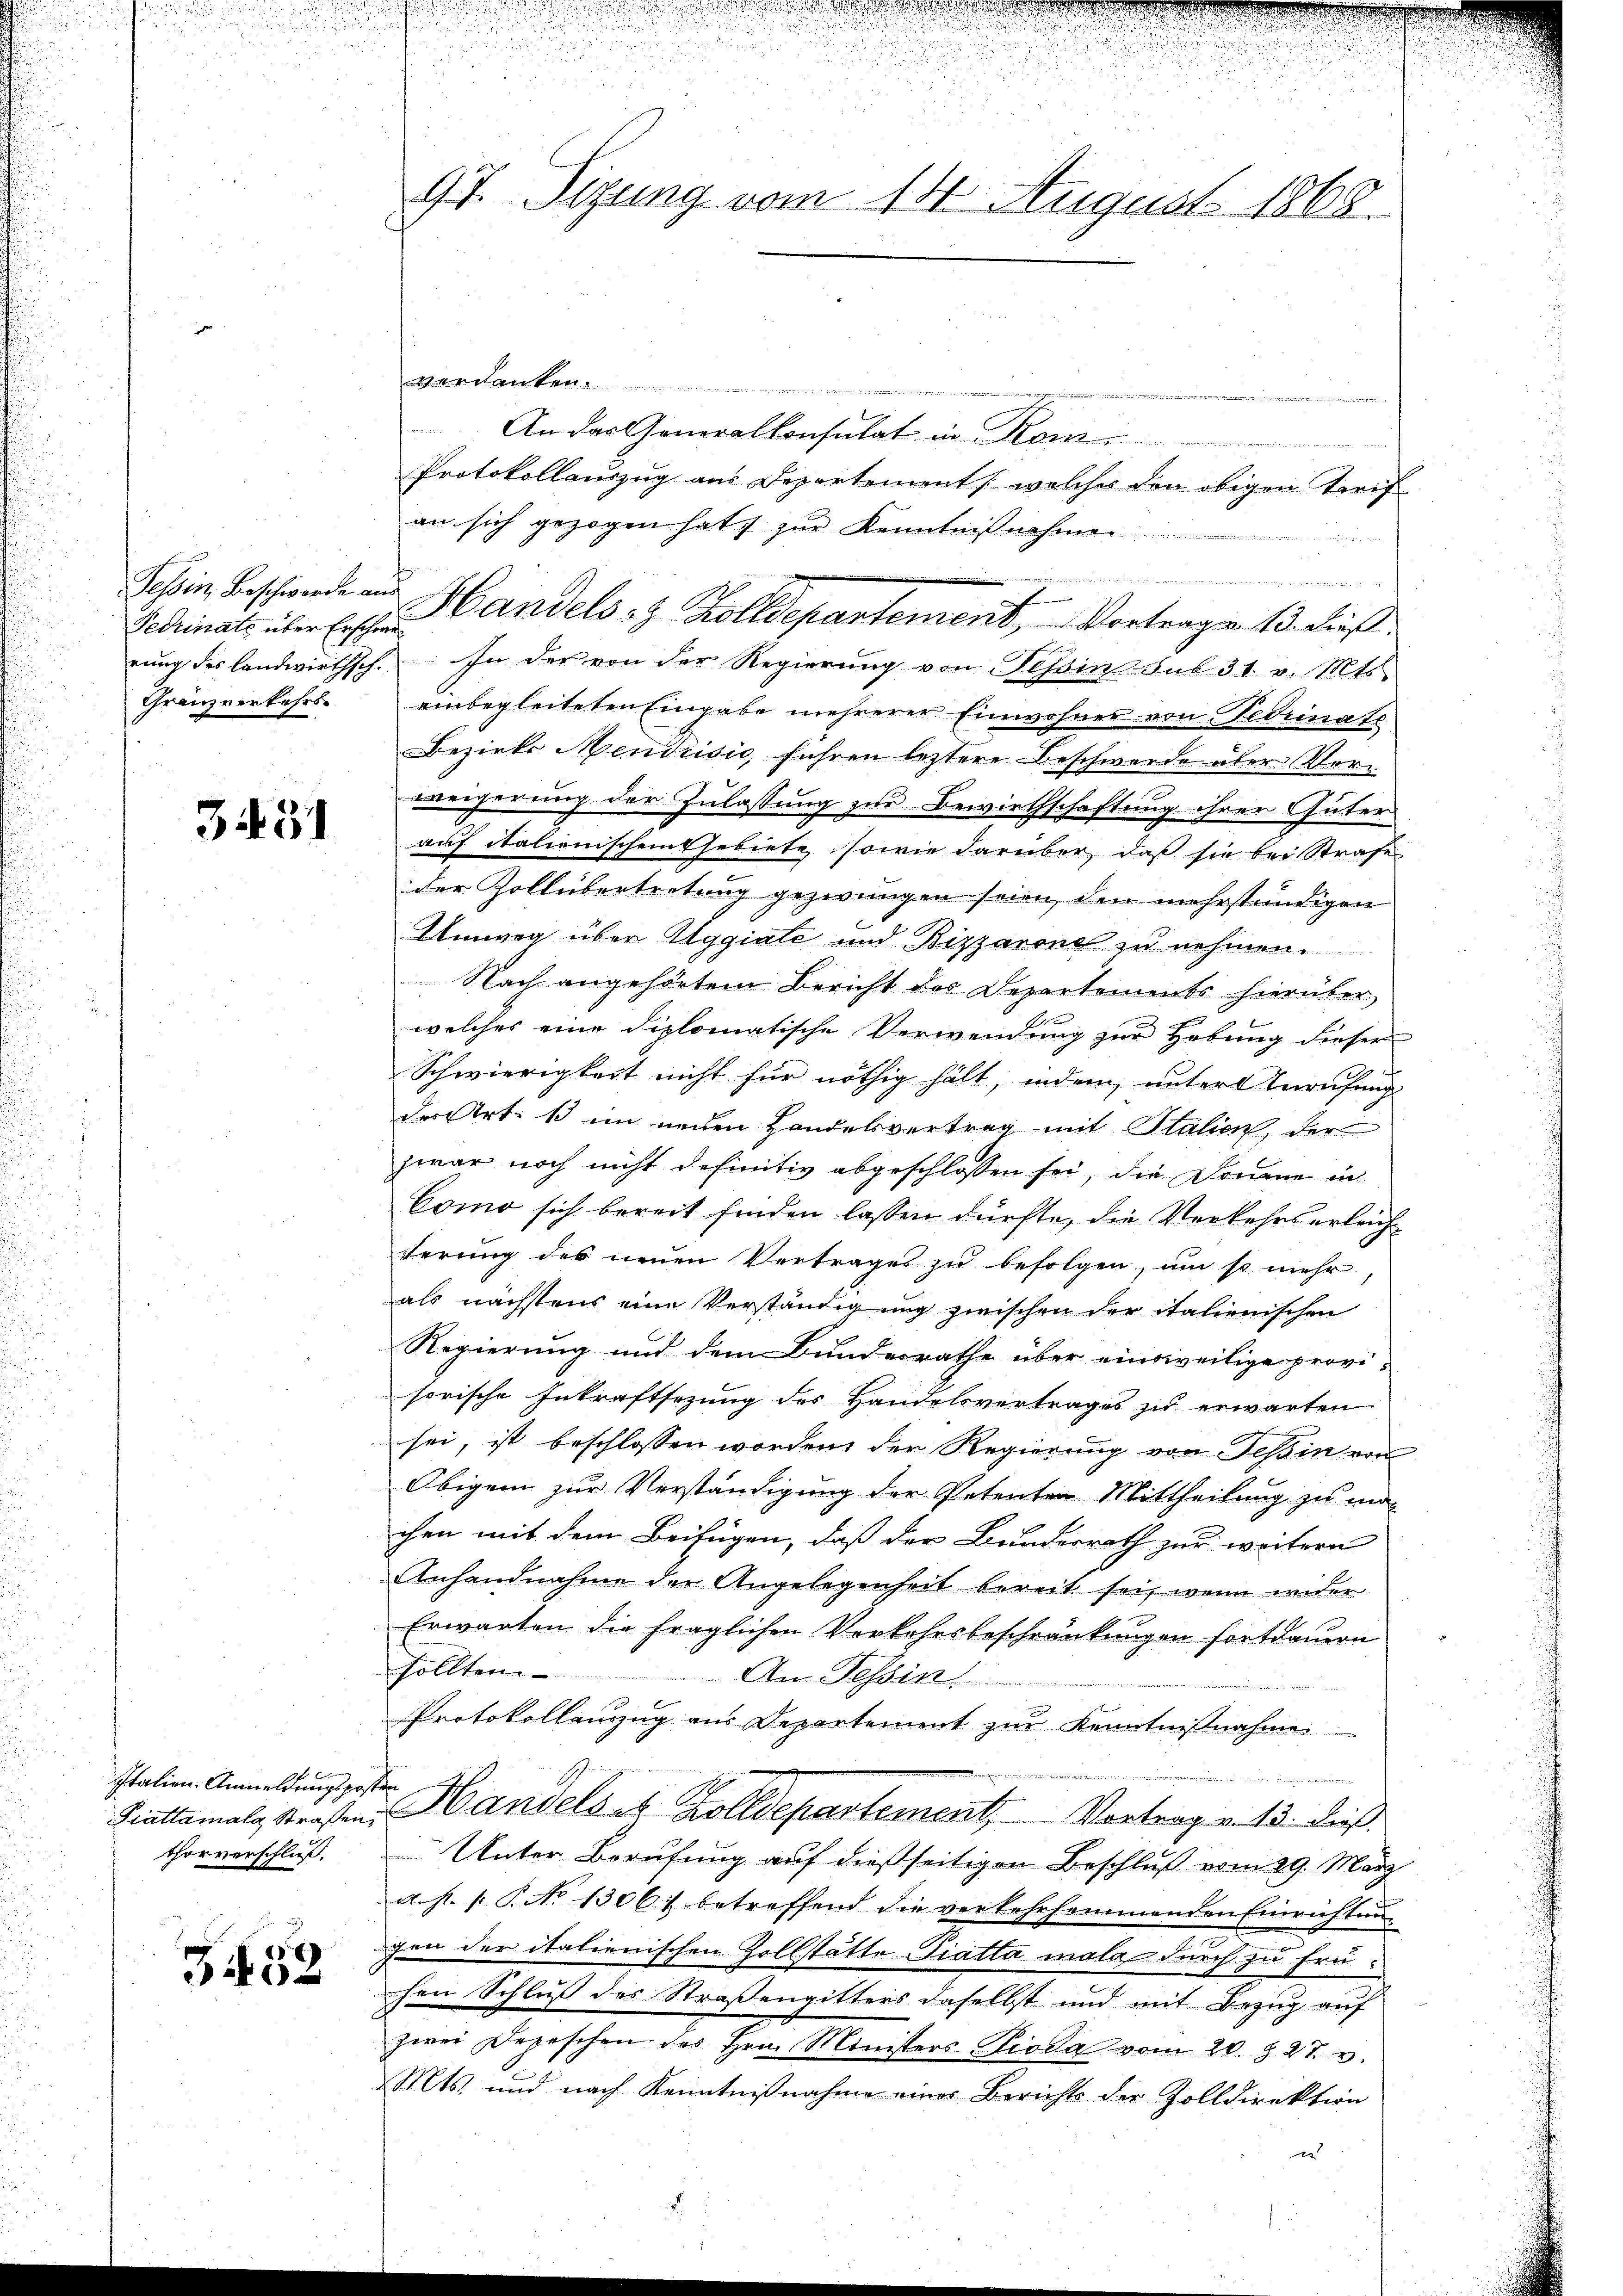
Fedinate über Erschöne
rung des landwirthsch¬
Gränzverkehrs-

3431

Italien-Anmeldungspost
Prattamals Straßen;
thorverschluß.

3452

97. Sitzung vom 14. August 1868.

verdanken

An das Generalkonsulat in Kom
Protokollauszug aus Departement, welches den obigen Tarif
an sich gezogen hat, zur Kenntnißnahmen
.
In der von der Regierung von Tessin sub 31. v. Mts
einbegleiteten Eingabe mehrerer Einwohnes von Bedinate
Bezirks Mendrisie, führen leztere Beschwerde aber Verweigerung der Zulassung zur Bewirthschaftung ihrer Güter
auf italienischem Gebiete, sowie darüber daß sie bei Strafe
der Zollübertretung gezwungen seien den mehrstündigen
Umweg über Uggiale und Bizzarone zu nehmen.
Nach angehörtem Bericht der Departements hierüber,
welches eine diplomatische Verwendung zur Hebung dieser
Schwierigkeit nicht für nöthig hält, indem unter Anrufung
der Art. 1 im neuen Handelsvertrag mit Stalien, der
zwar noch nicht definitiv abgeschlossen sei, die Donaue in
Como sich bereit finden lassen dürfte, die Verkehrserleichferung des neuen Vertrages zu befolgen, um so mehr,
als nächstens eine Verständigung zwischen der italienischen
Regierung und dem Bundesrathe über einsweilige provi-
sorische Inkraftsezung des Handelsvertrages zu erwarten
sei, ist beschlossen worden, der Regierung von Teßin von
Obigem zur Verständigung der Petenten Mittheilung zu m
chen mit dem Beifügen, daß der Bundesrath zur weitere
Anhandnahme der Angelegenheit bereit sei, wenn wider
Erwarten die fraglichen Verkehrsbeschränkungen fortdauern
sollten.
An Tessin
Protokollenzug aus Departement zur Kenntnisnahme

t
Handels es Zolldepartement, Vortrage. 15. dieß
Unter Berufung auf dießseitigen Beschluß vom 29. März
a. p. 1. P. No 1306; betreffend die verkehrsammenden Einrichtung
gen der italienischen Zollstätte Tiatta mala durch zu frü-
hen Schluß des Straßengitters daselbst und mit Bezug auf
zwei Depeschen des Hrn. Ministers Pioda vom 20. d. 27. v.
Mts. und nach Kenntnißnahme eines Berichts der Zolldirektion
n

Sehin Beschwerde an Handels- & Zolldepartement, Vortrage 13. dieß